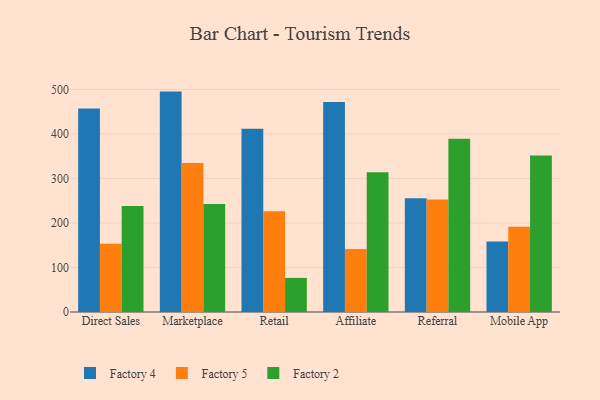
{"axis": {"x": "Channel", "y": "Market Share (%)"}, "legend": ["Factory 2", "Factory 4", "Factory 5"], "data": [{"x": "Direct Sales", "y": 457.3, "type": "Factory 4"}, {"x": "Direct Sales", "y": 153.6, "type": "Factory 5"}, {"x": "Direct Sales", "y": 238.3, "type": "Factory 2"}, {"x": "Marketplace", "y": 495.2, "type": "Factory 4"}, {"x": "Marketplace", "y": 334.7, "type": "Factory 5"}, {"x": "Marketplace", "y": 242.4, "type": "Factory 2"}, {"x": "Retail", "y": 411.8, "type": "Factory 4"}, {"x": "Retail", "y": 226.1, "type": "Factory 5"}, {"x": "Retail", "y": 76.6, "type": "Factory 2"}, {"x": "Affiliate", "y": 472.1, "type": "Factory 4"}, {"x": "Affiliate", "y": 141.3, "type": "Factory 5"}, {"x": "Affiliate", "y": 314.1, "type": "Factory 2"}, {"x": "Referral", "y": 255.7, "type": "Factory 4"}, {"x": "Referral", "y": 252.7, "type": "Factory 5"}, {"x": "Referral", "y": 389.1, "type": "Factory 2"}, {"x": "Mobile App", "y": 158.6, "type": "Factory 4"}, {"x": "Mobile App", "y": 191.4, "type": "Factory 5"}, {"x": "Mobile App", "y": 351.8, "type": "Factory 2"}]}